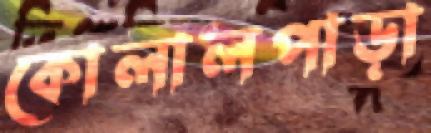
কোলালপাড়া